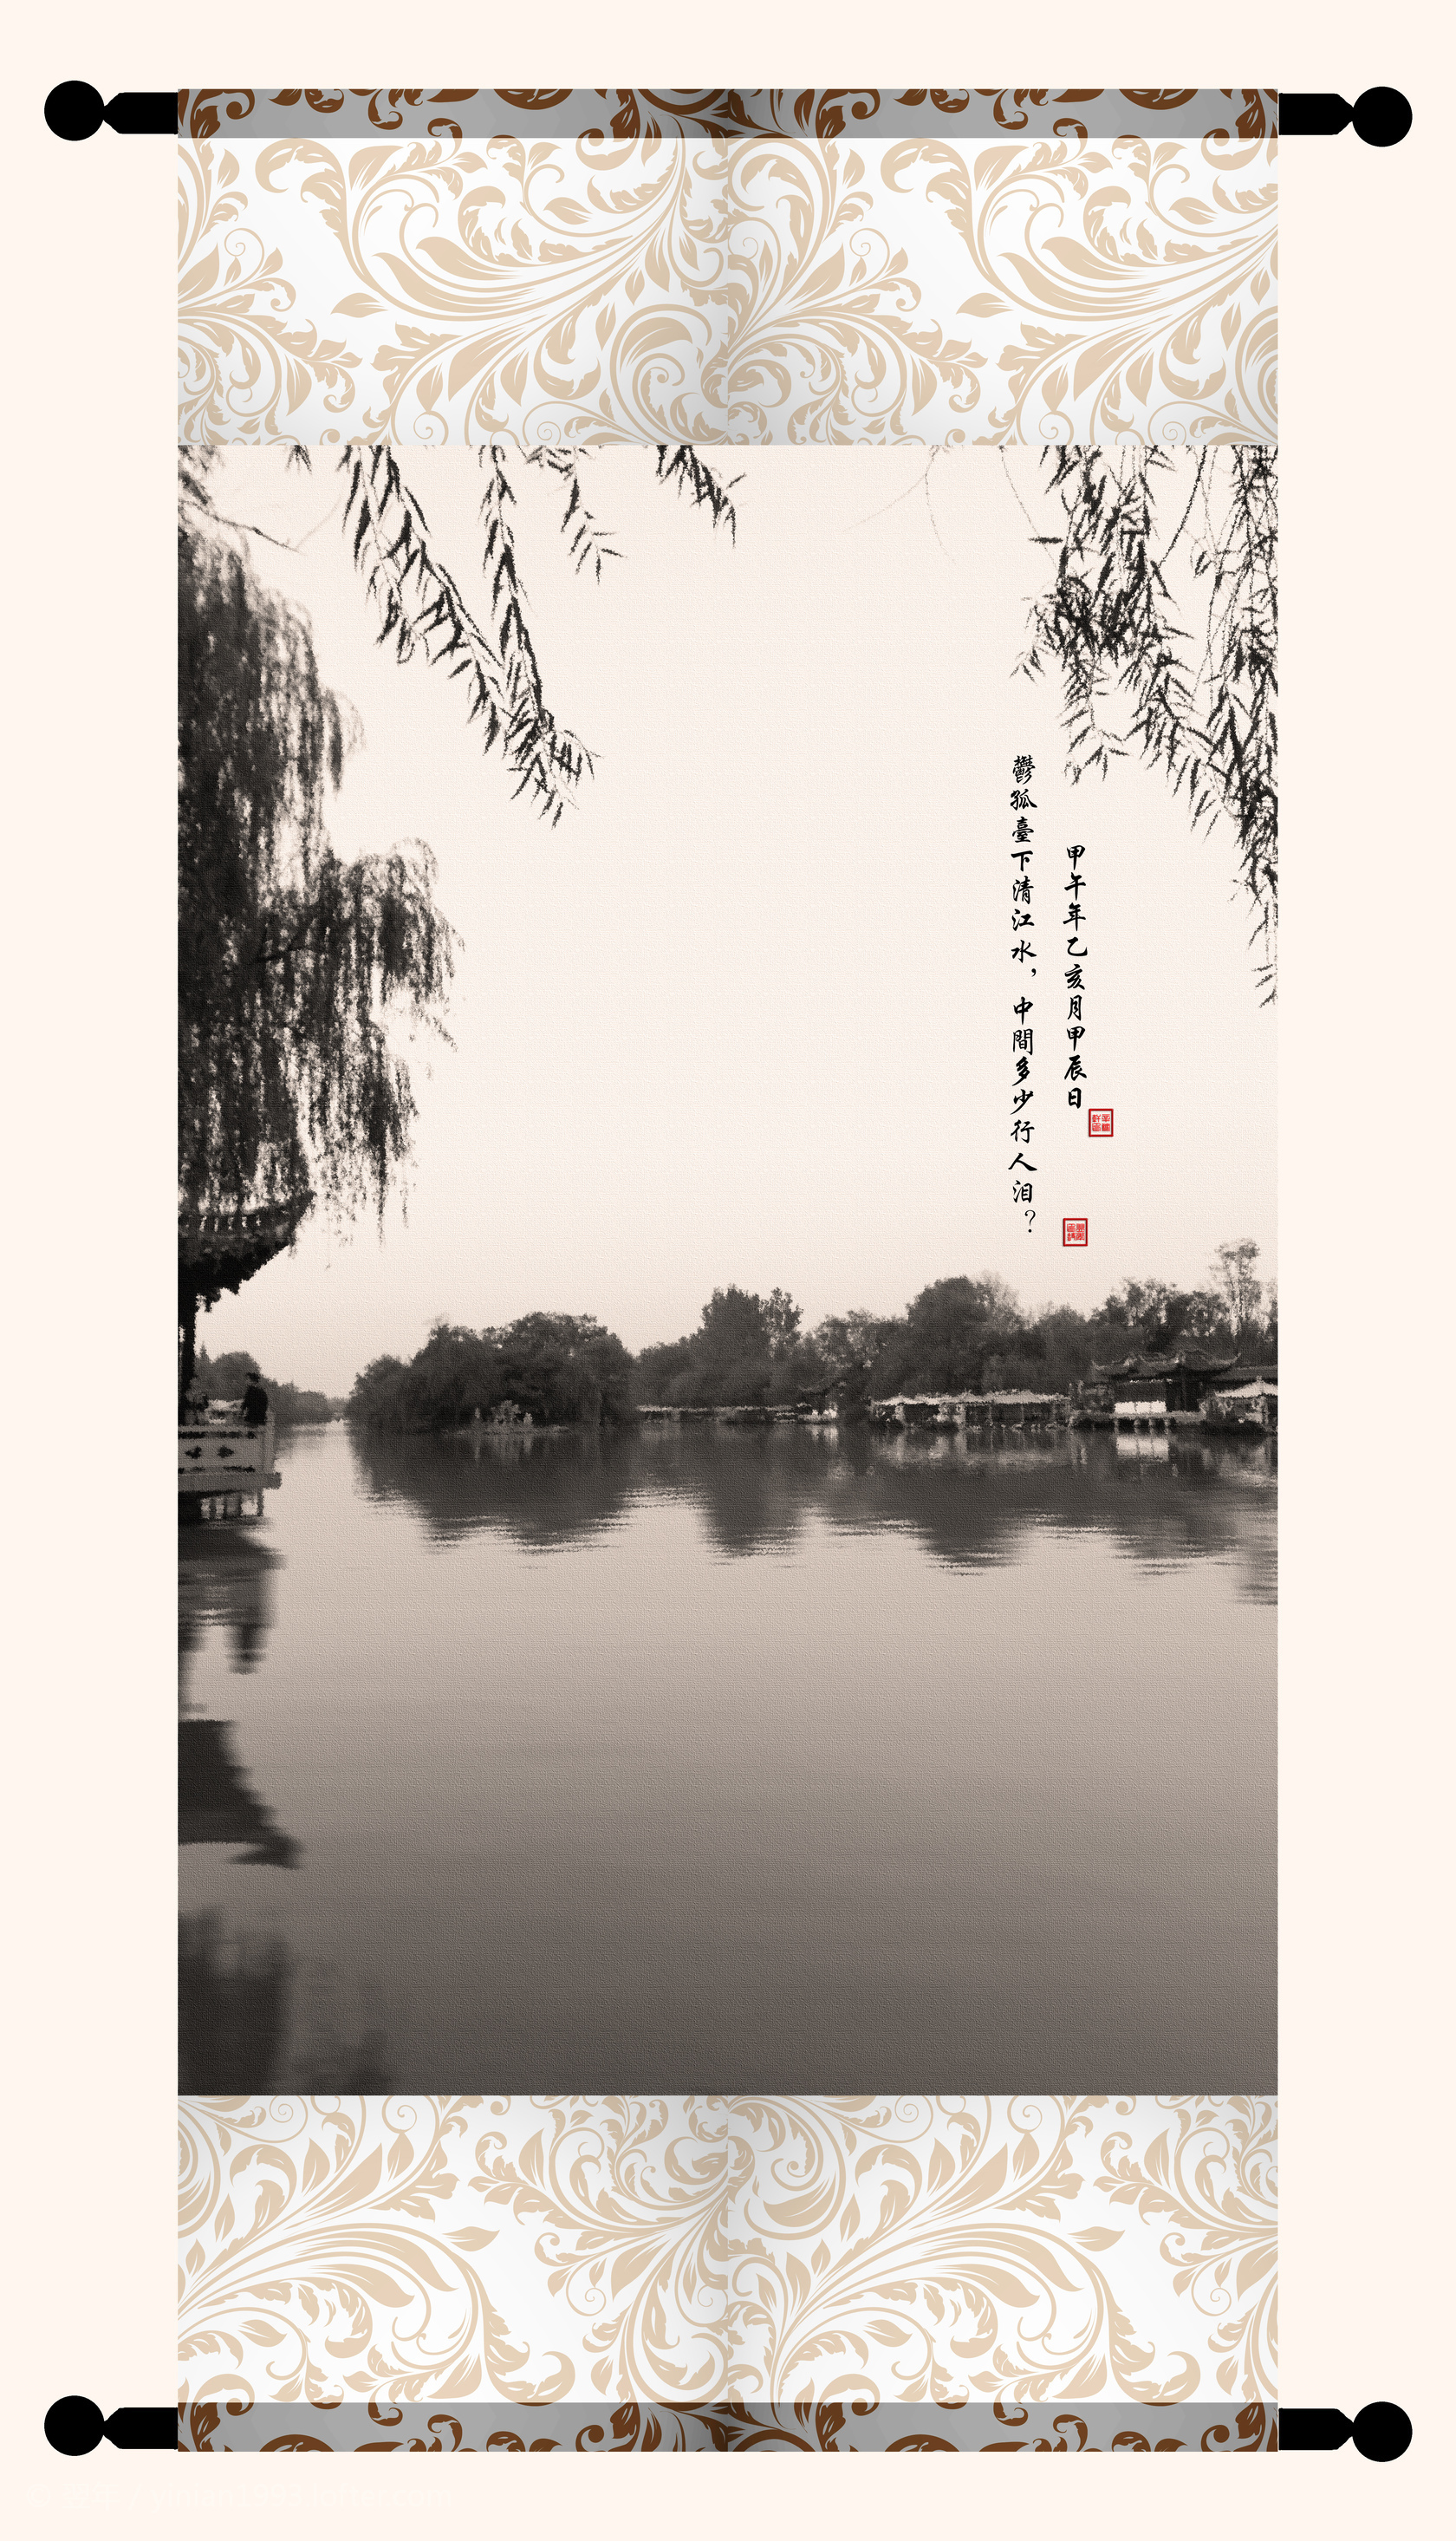
郁孤台下清江水，中间多少行人泪？